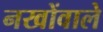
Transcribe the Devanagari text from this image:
नखोंवाले